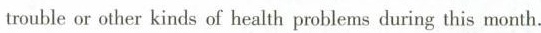
trouble or other kinds of health problems during this month.